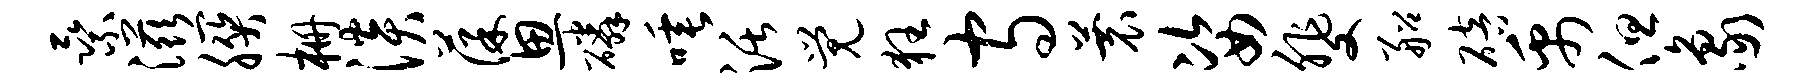
乘滋朕栅淡葆思磷唾活觉狂守蓑姿斐船碚禹但象